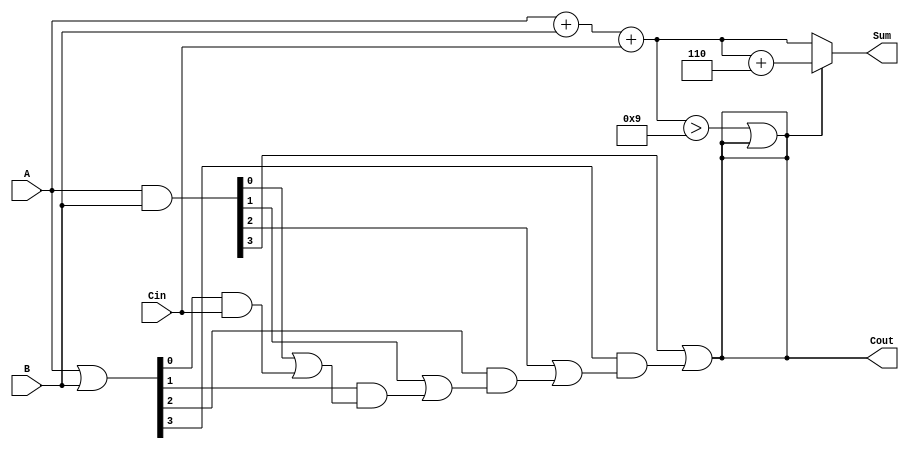
module BCD_Carry_Lookahead_Adder (
    input  wire [3:0] A,      // BCD digit A
    input  wire [3:0] B,      // BCD digit B
    input  wire Cin,           // Carry input
    output reg  [3:0] Sum,     // BCD sum output
    output reg  Cout           // Carry output
);

    wire [3:0] S;             // Intermediate sum
    wire [3:0] G;             // Generate signals
    wire [3:0] P;             // Propagate signals
    wire C1, C2, C3;          // Carry signals

    // Step 1: Initial Sum Calculation
    assign S = A + B + Cin;

    // Step 2: Generate and Propagate Logic
    assign G = A & B;         // Generate
    assign P = A | B;         // Propagate

    // Carry lookahead logic
    assign C1 = G[0] | (P[0] & Cin);
    assign C2 = G[1] | (P[1] & C1);
    assign C3 = G[2] | (P[2] & C2);
    assign Cout = G[3] | (P[3] & C3);

    // Step 3: BCD Correction Logic
    always @(*) begin
        if (S > 4'd9 || Cout) begin
            Sum = S + 4'd6;     // Add 6 for BCD correction
        end else begin
            Sum = S;            // No correction needed
        end
        Cout = (S > 4'd9 || Cout); // Update Cout
    end

endmodule